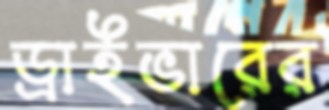
ড্রাইভারের